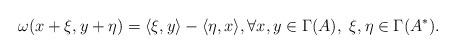
LaTeX: \begin{align*} \omega(x+\xi,y+\eta)=\langle\xi,y\rangle-\langle\eta,x\rangle,\forall x,y\in\Gamma(A),~\xi,\eta\in\Gamma(A^*). \end{align*}